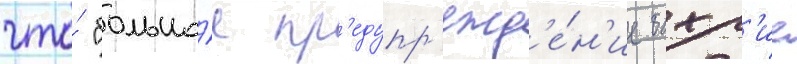
что́ "большо́е пр'едупр'ежд'е́н'ие бахр'ие